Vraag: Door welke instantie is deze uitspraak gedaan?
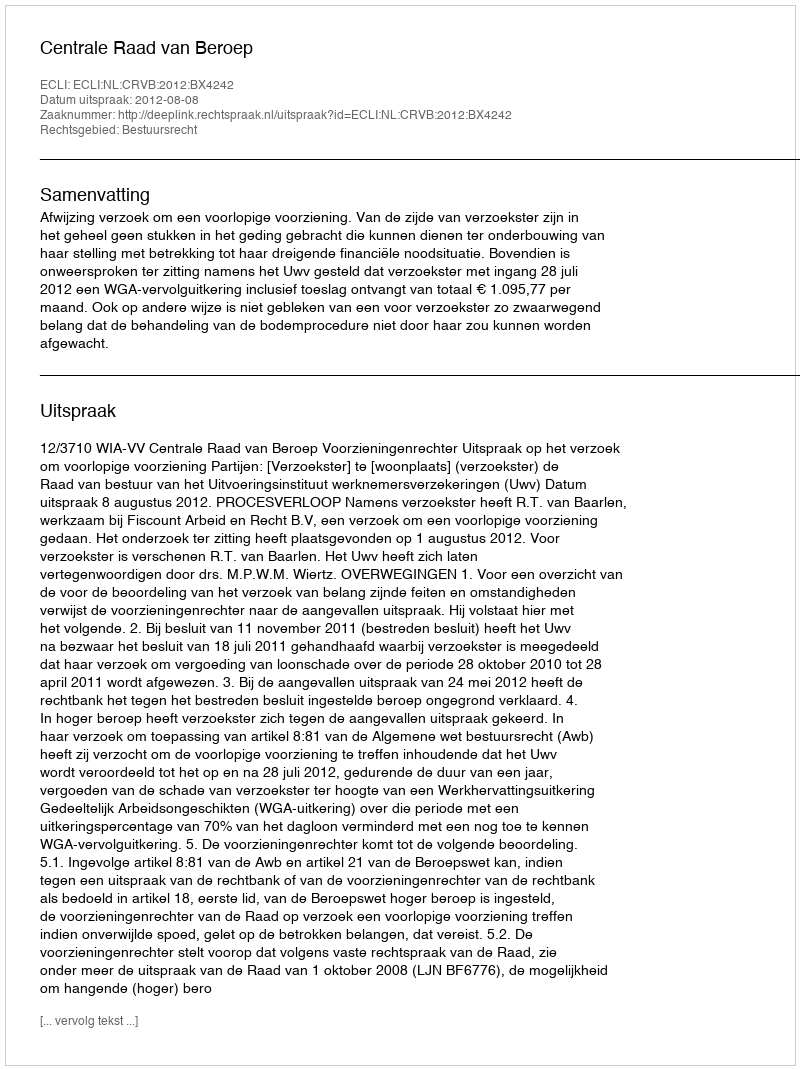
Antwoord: Centrale Raad van Beroep